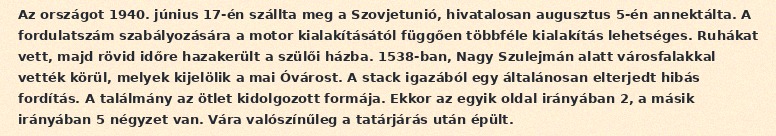
Az országot 1940. június 17-én szállta meg a Szovjetunió, hivatalosan augusztus 5-én annektálta. A fordulatszám szabályozására a motor kialakításától függően többféle kialakítás lehetséges. Ruhákat vett, majd rövid időre hazakerült a szülői házba. 1538-ban, Nagy Szulejmán alatt városfalakkal vették körül, melyek kijelölik a mai Óvárost. A stack igazából egy általánosan elterjedt hibás fordítás. A találmány az ötlet kidolgozott formája. Ekkor az egyik oldal irányában 2, a másik irányában 5 négyzet van. Vára valószínűleg a tatárjárás után épült.